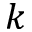
k